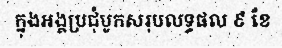
ក្នុងអង្គប្រជុំបូកសរុបលទ្ធផល ៩ ខែ